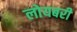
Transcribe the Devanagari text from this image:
लोयबरी